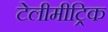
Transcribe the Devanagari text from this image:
टेलीमीट्रिक